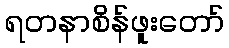
ရတနာစိန်ဖူးတော်